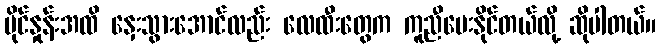
မိုင်နှုန်းအထိ နှေးသွားအောင်လည်း လေထီးတွေက ကူညီပေးနိုင်တယ်လို့ ဆိုပါတယ်။